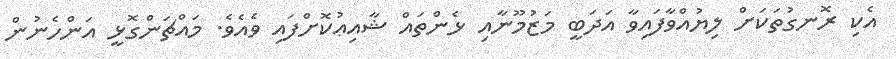
އެކި ރޮނގުތަކަށް ލިޔުއްވާފައިވާ އަދަބީ މަޒުމޫނާއި ޅެންތައް ޝާއިޢުކޮށްފައި ވެއެވެ. މައްޗަންގޮޅީ އަންހެނުން